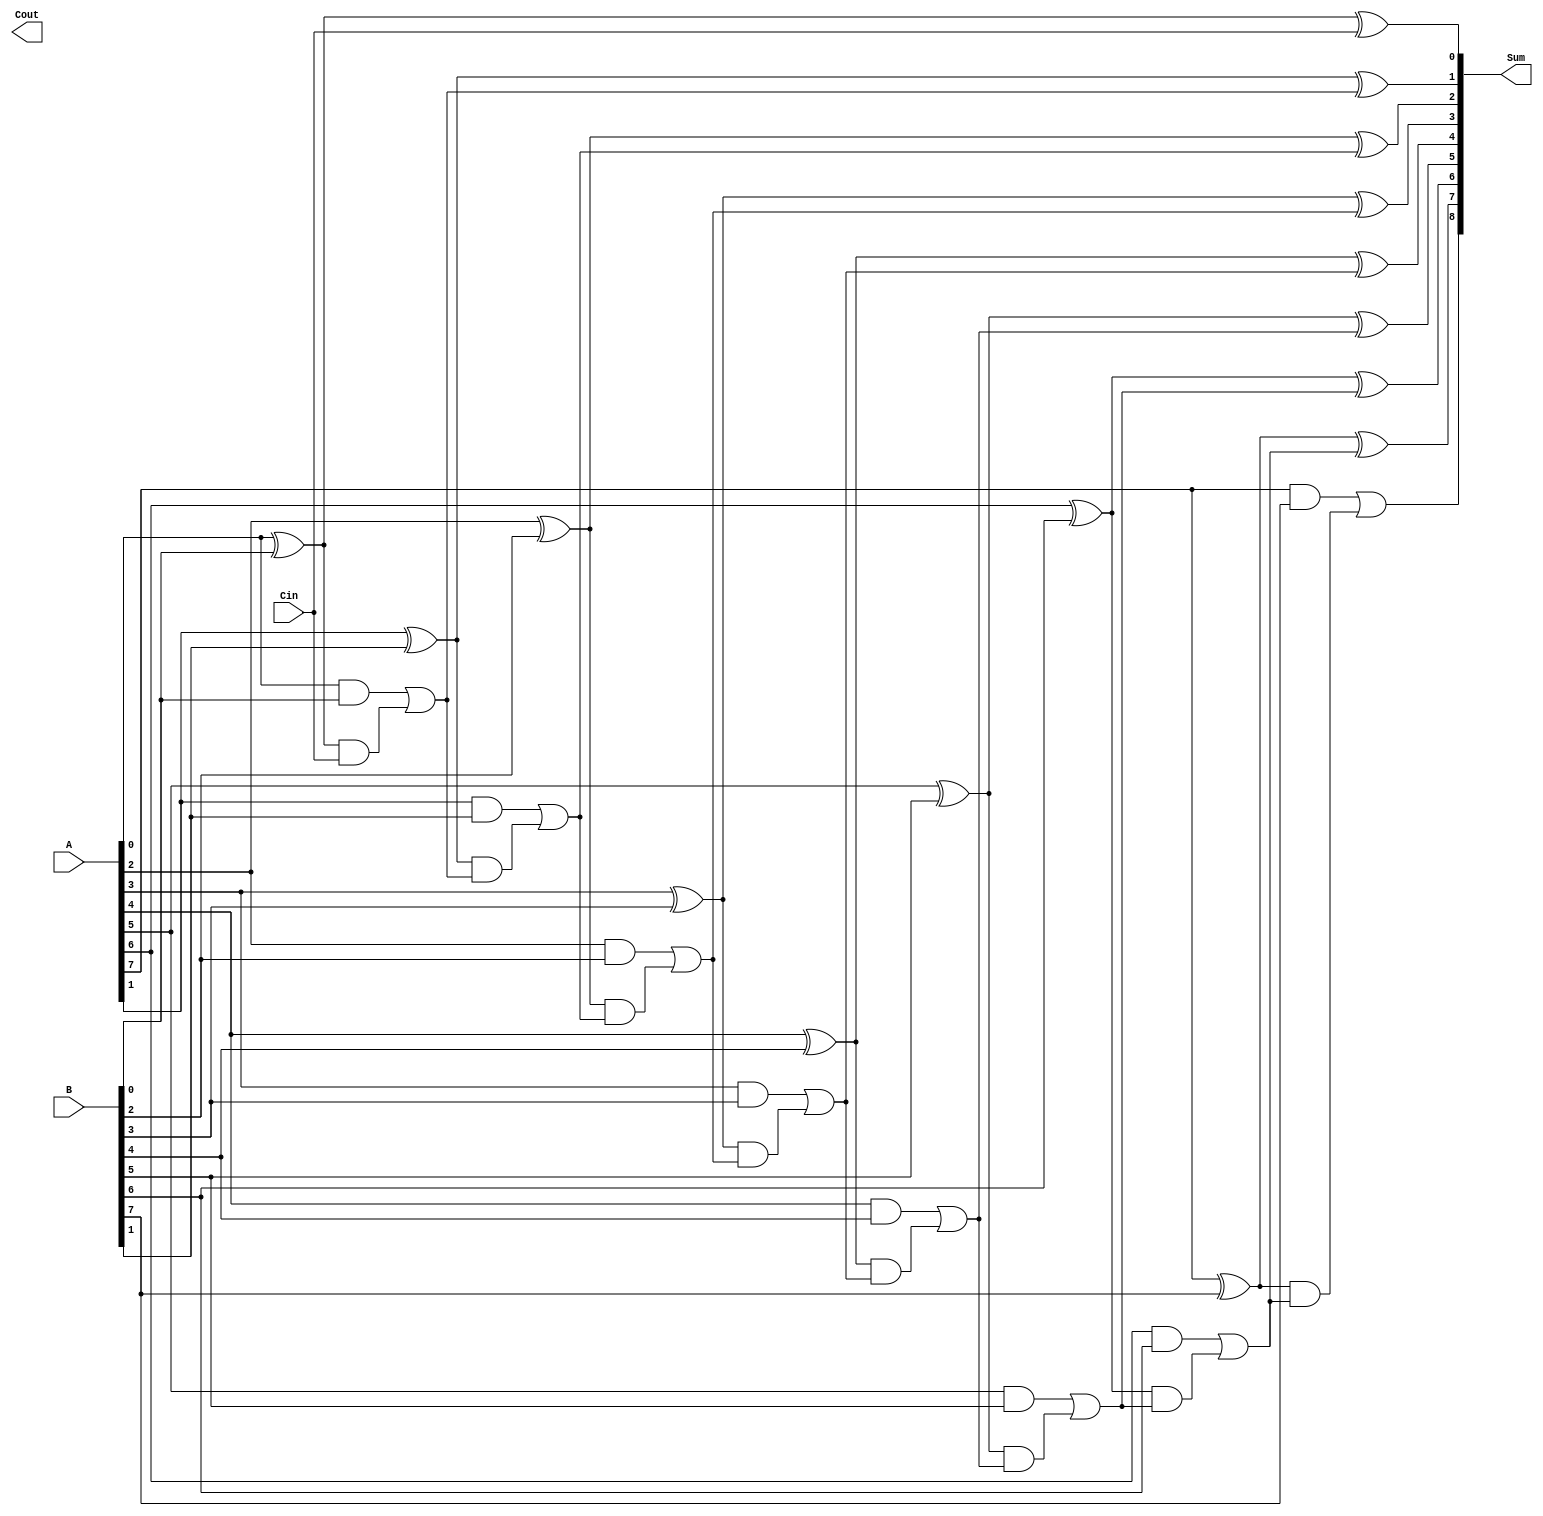
module carry_lookahead_adder (
    input [7:0] A,
    input [7:0] B,
    input Cin,
    output [8:0] Sum,
    output Cout
);

wire [8:0] Carry;
wire [7:0] P, G;

assign P[0] = A[0] ^ B[0];
assign G[0] = A[0] & B[0];

genvar i;
generate
    for(i = 1; i < 8; i = i + 1) begin
        assign P[i] = A[i] ^ B[i];
        assign G[i] = A[i] & B[i];
    end
endgenerate

assign Carry[0] = G[0] | (P[0] & Cin);

generate
    for(i = 1; i < 8; i = i + 1) begin
        assign Carry[i] = G[i] | (P[i] & Carry[i-1]);
    end
endgenerate

assign Sum[0] = A[0] ^ B[0] ^ Cin;
generate
    for(i = 1; i < 8; i = i + 1) begin
        assign Sum[i] = A[i] ^ B[i] ^ Carry[i-1];
    end
endgenerate
assign Sum[8] = Carry[7];

assign Cout = Carry[8];

endmodule